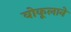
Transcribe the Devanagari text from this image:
वोकूलाने